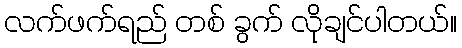
လက်ဖက်ရည် တစ် ခွက် လိုချင်ပါတယ်။